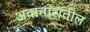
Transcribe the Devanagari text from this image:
अवातारातील